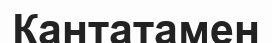
Кантатамен